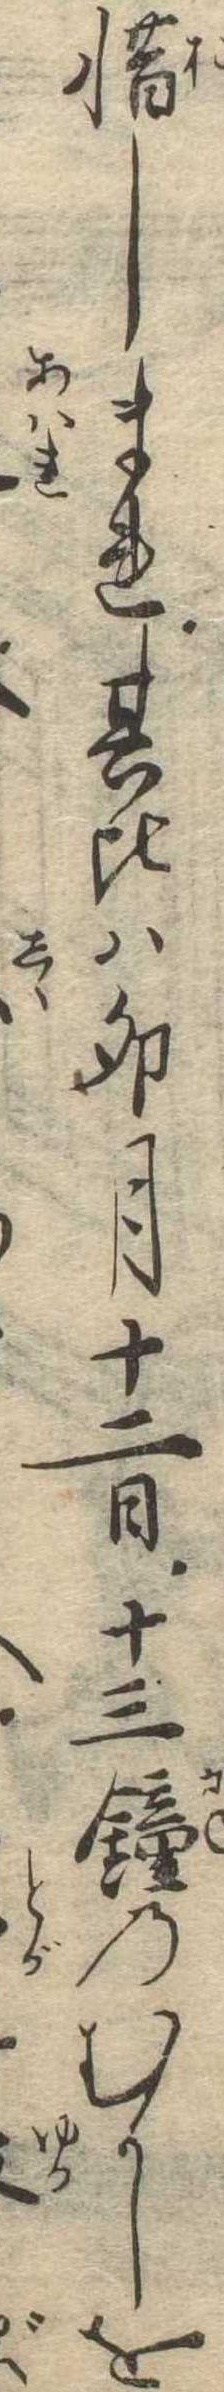
惜しまれ其比は卯月十二日十三鐘のむかしを